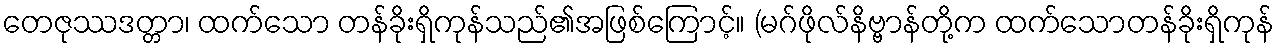
တေဇုဿဒတ္တာ၊ ထက်သော တန်ခိုးရှိကုန်သည်၏အဖြစ်ကြောင့်။ (မဂ်ဖိုလ်နိဗ္ဗာန်တို့က ထက်သောတန်ခိုးရှိကုန်